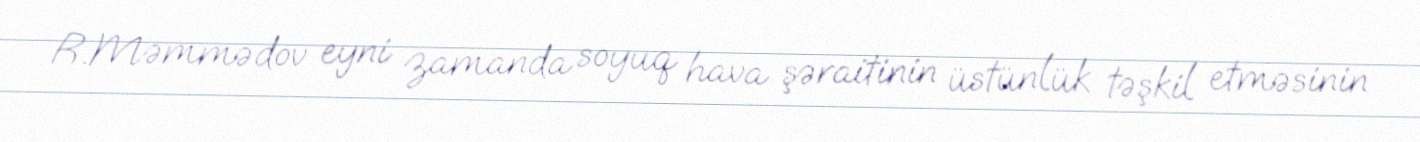
R.Məmmədov eyni zamanda soyuq hava şəraitinin üstünlük təşkil etməsinin